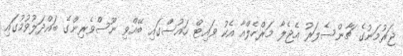
ޖަރުމަނުގެ ޗާންސެލަރު އެޖެލާ މަރްހެލްއާ އެކު ވައިޓް ހައުސްގައި ބޭއްވި ނޫސްވެރިންގެ ބައްދަލުވުމުގައި